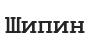
Шипин